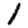
Digit: 1